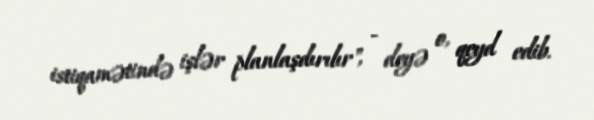
istiqamətində işlər planlaşdırılır", - deyə o, qeyd edib.